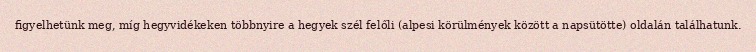
figyelhetünk meg, míg hegyvidékeken többnyire a hegyek szél felőli (alpesi körülmények között a napsütötte) oldalán találhatunk.